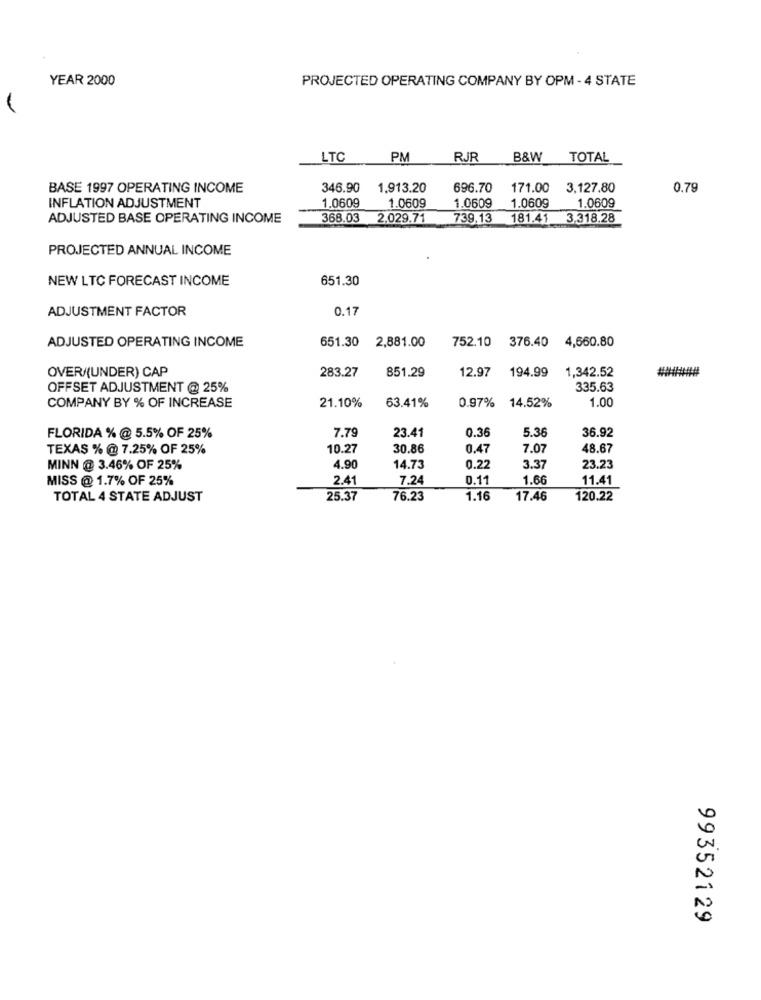
YEAR 2000
PROJECTED OPERATING COMPANY BY OPM - 4 STATE
LTC
PM
RJR
B&W TOTAL
BASE 1997 OPERATING INCOME
346.90
1,913.20
696.70
171.00
3,127.80
0.79
1.0609
INFLATION ADJUSTMENT
1.0609
1.0609
1.0609
1.0609
ADJUSTED BASE OPERATING INCOME
368.03 2.029.71
739,13
181.41 3.318.28
PROJECTED ANNUAL INCOME
NEW LTC FORECAST INCOME
651.30
ADJUSTMENT FACTOR
0.17
ADJUSTED OPERATING INCOME
651.30
752.10 376.40 4,660.80
2,881.00
OVER/(UNDER) CAP
283.27
851.29
12.97
194.99
1,342.52
OFFSET ADJUSTMENT @ 25%
335.63
1.00
COMPANY BY % OF INCREASE
21.10%
63.41%
0.97% 14.52%
5.36
36.92
FLORIDA % @ 5.5% OF 25%
7.79
23.41
0.36
TEXAS % @ 7.25% OF 25%
10.27
30.86
0.47
7.07
48.67
MINN @ 3.46% OF 25%
4.90
14.73
0.22
3.37
23.23
MISS @ 1.7% OF 25%
2.4
7.24
0.11
1.66
11.41
TOTAL 4 STATE ADJUST
25.37
76.23
1.16
17.46
120.22
99352129